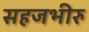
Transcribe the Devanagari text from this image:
सहजभीरु